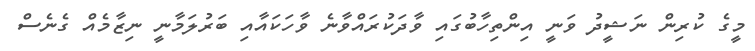
މީގެ ކުރިން ނަޝީދު ވަނީ އިންތިހާބުގައި ވާދަކުރައްވާނެ ވާހަކައާއި ބަރުލަމާނީ ނިޒާމެއް ގެނެސް